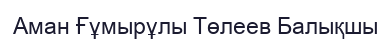
Аман Ғұмырұлы Төлеев Балықшы